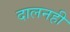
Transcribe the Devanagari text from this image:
दालनही